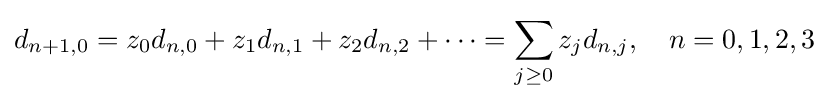
d_{n+1,0}=z_{0}d_{n,0}+z_{1}d_{n,1}+z_{2}d_{n,2}+\cdots =\sum \limits _{j\geq 0}z_{j}d_{n,j},\quad n=0,1,2,3